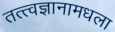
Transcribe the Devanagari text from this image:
तत्त्वज्ञानामधला